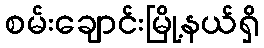
စမ်းချောင်းမြို့နယ်ရှိ